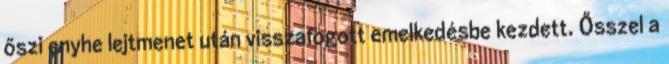
őszi enyhe lejtmenet után visszafogott emelkedésbe kezdett. Ősszel a